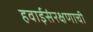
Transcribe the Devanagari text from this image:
हवाईसंरक्षणाची